Report on the bubonic plague in Bombay, 1896-1897
Year: 1896
Disease focus: Plague
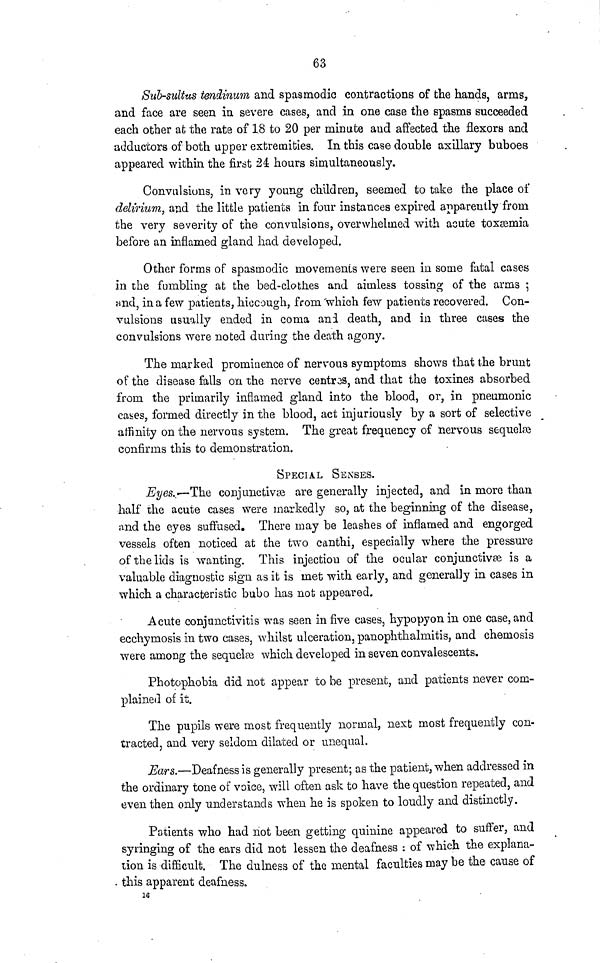
63
Sub-sultus tendinum and spasmodic contractions of the hands, arms,
and face are seen in severe cases, and in one case the spasms succeeded
each other at the rate of 18 to 20 per minute and affected the flexors and
adductors of both upper extremities. In this case double axillary buboes
appeared within the first 24 hours simultaneously.
Convulsions, in very young children, seemed to take the place of
delirium, and the little patients in four instances expired apparently from
the very severity of the convulsions, overwhelmed with acute toxæmia
before an inflamed gland had developed.
Other forms of spasmodic movements were seen in some fatal cases
in the fumbling at the bed-clothes and aimless tossing of the arms ;
and, in a few patients, hiccough, from which few patients recovered. Con-
vulsions usually ended in coma and death, and in three cases the
convulsions were noted during the death agony.
The marked prominence of nervous symptoms shows that the brunt
of the disease falls on the nerve centres, and that the toxines absorbed
from, the primarily inflamed gland into the blood, or, in pneumonic
cases, formed directly in the blood, act injuriously by a sort of selective
affinity on the nervous system. The great frequency of nervous sequelæ
confirms this to demonstration.
SPECIAL SENSES.
Eyes. —The conjunctivæ are generally injected, and in more than
half the acute cases were markedly so, at the beginning of the disease,
and the eyes suffused. There may be leashes of inflamed and engorged
vessels often noticed at the two canthi, especially where the pressure
of the lids is wanting. This injection of the ocular conjunctivæ is a
valuable diagnostic sign as it is met with early, and generally in cases in
which a characteristic bubo has not appeared.
Acute conjunctivitis was seen in five cases, hypopyonin one case, and
ecchymosis in two cases, whilst ulcération, panophthalmitis, and chemosis
were among the sequelæ which developed in seven convalescents.
Photophobia did not appear to be present, and patients never com-
plained of it.
The pupils were most frequently normal, next most frequently con-
tracted, and very seldom dilated or unequal.
Ears.—Deafness is generally present; as the patient, when addressed in
the ordinary tone of voice, will often ask to have the question repeated, and
even then only understands when he is spoken to loudly and distinctly.
Patients who had not been getting quinine appeared to suffer, and
syringing of the ears did not lessen the deafness : of which the explana-
tion is difficult. The dulness of the mental faculties may be the cause of
this apparent deafness.
16